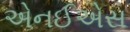
એનઈએસ